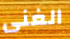
الغنى